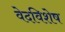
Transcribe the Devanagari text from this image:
वेदविशेष